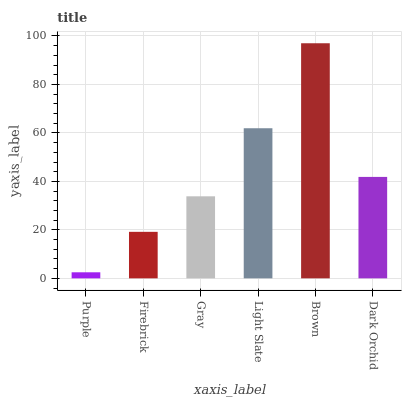
| xaxis_label | bars |
 | --- | --- |
 | Purple | 2.5 |
 | Firebrick | 19.2 |
 | Gray | 33.8 |
 | Light Slate | 61.9 |
 | Brown | 97 |
 | Dark Orchid | 41.8 |